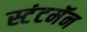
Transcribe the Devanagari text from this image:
स्टंटमॅन